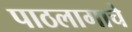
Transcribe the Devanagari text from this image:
पाठलागाचे